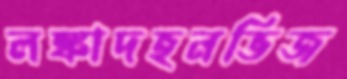
লঙ্কাদহনভিজ